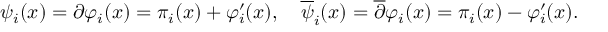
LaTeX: \psi _ { i } ( x ) = \partial \varphi _ { i } ( x ) = \pi _ { i } ( x ) + \varphi _ { i } ^ { \prime } ( x ) , \ \ \ { \overline { { \psi } } } _ { i } ( x ) = { \overline { { \partial } } } \varphi _ { i } ( x ) = \pi _ { i } ( x ) - \varphi _ { i } ^ { \prime } ( x ) .